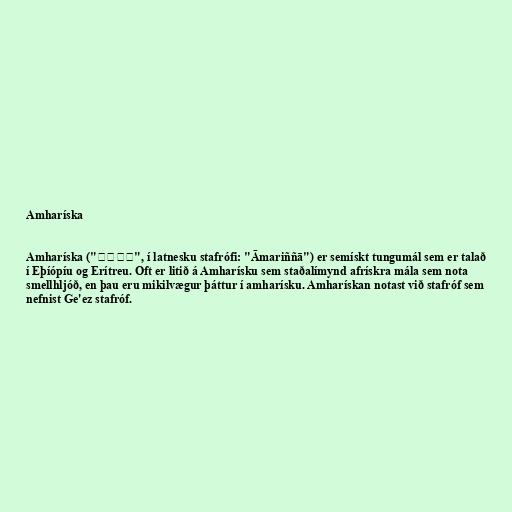
Amharíska

Amharíska ("አማርኛ", í latnesku stafrófi: "Āmariññā") er semískt tungumál sem er talað
í Eþíópíu og Erítreu. Oft er litið á Amharísku sem staðalímynd afrískra mála sem nota
smellhljóð, en þau eru mikilvægur þáttur í amharísku. Amharískan notast við stafróf sem
nefnist Ge'ez stafróf.